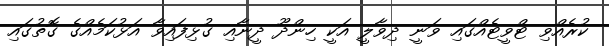
ކުރެއްވި ޓްވީޓެއްގައި ވަނީ ދިވާލީ އަކީ ހިންދޫ ދީނާއި ގުޅިފައިވާ އަޅުކަމެއްގެ ގޮތުގައި